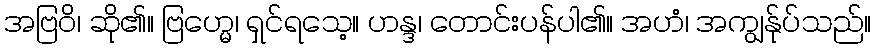
အဗြဝိ၊ ဆို၏။ ဗြဟ္မေ၊ ရှင်ရသေ့။ ဟန္ဒ၊ တောင်းပန်ပါ၏။ အဟံ၊ အကျွန်ုပ်သည်။